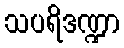
သပရိဒဏ္ဍာ